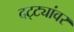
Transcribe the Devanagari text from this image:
दट्ट्यांवर